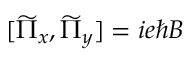
\begin{array} { r } { [ \widetilde { \Pi } _ { x } , \widetilde { \Pi } _ { y } ] = i e \hbar B } \end{array}